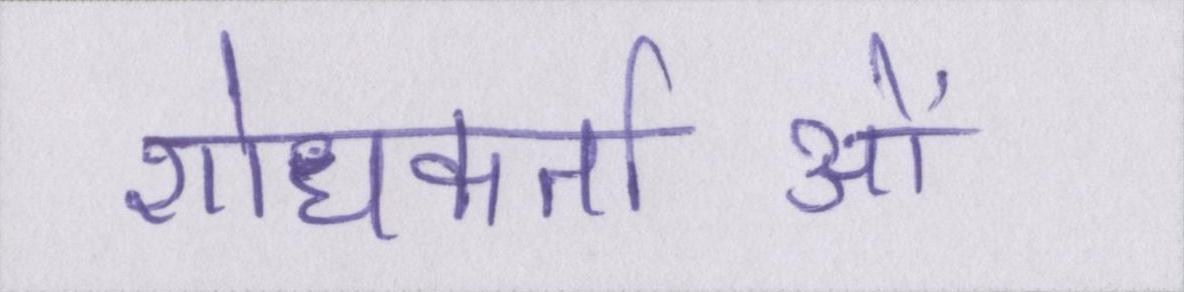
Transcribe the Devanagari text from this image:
शोधकर्ताओं